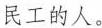
民工的人。